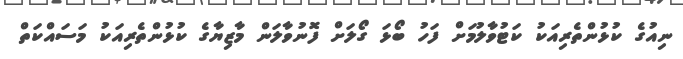
ނިއުގެ ކުޅުންތެރިއަކު ކަޓުވާލުމަށް ފަހު ބޯޅަ ގޯލަށް ފޮނުވާލަން މާޒިޔާގެ ކުޅުންތެރިއަކު މަސައްކަތް